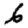
Digit: 6